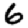
Digit: 6